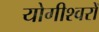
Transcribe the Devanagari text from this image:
योगीश्वरों